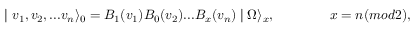
\mid v _ { 1 } , v _ { 2 } , . . . v _ { n } \rangle _ { 0 } = B _ { 1 } ( v _ { 1 } ) B _ { 0 } ( v _ { 2 } ) . . . B _ { x } ( v _ { n } ) \mid \Omega \rangle _ { x } , \qquad \qquad x = n ( m o d 2 ) ,